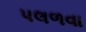
પલળવા